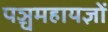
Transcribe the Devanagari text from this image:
पञ्चमहायज्ञों